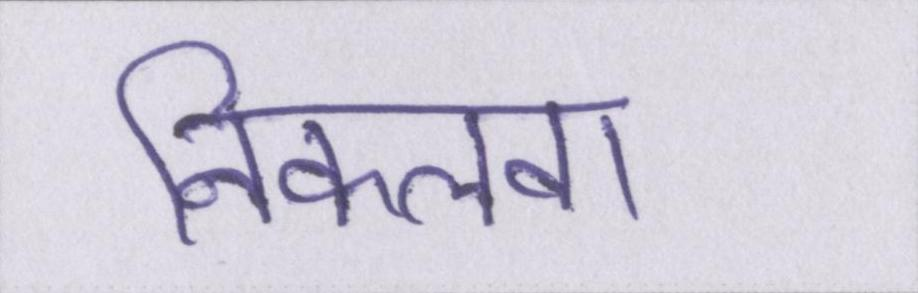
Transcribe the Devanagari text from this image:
निकलवा